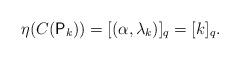
LaTeX: \begin{align*}\eta(C(\mathsf{P}_k)) = [(\alpha, \lambda_k)]_q = [k]_q.\end{align*}